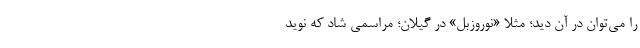
را می‌توان در آن دید؛ مثلا «نوروزبل» در گیلان؛ مراسمی شاد که نوید